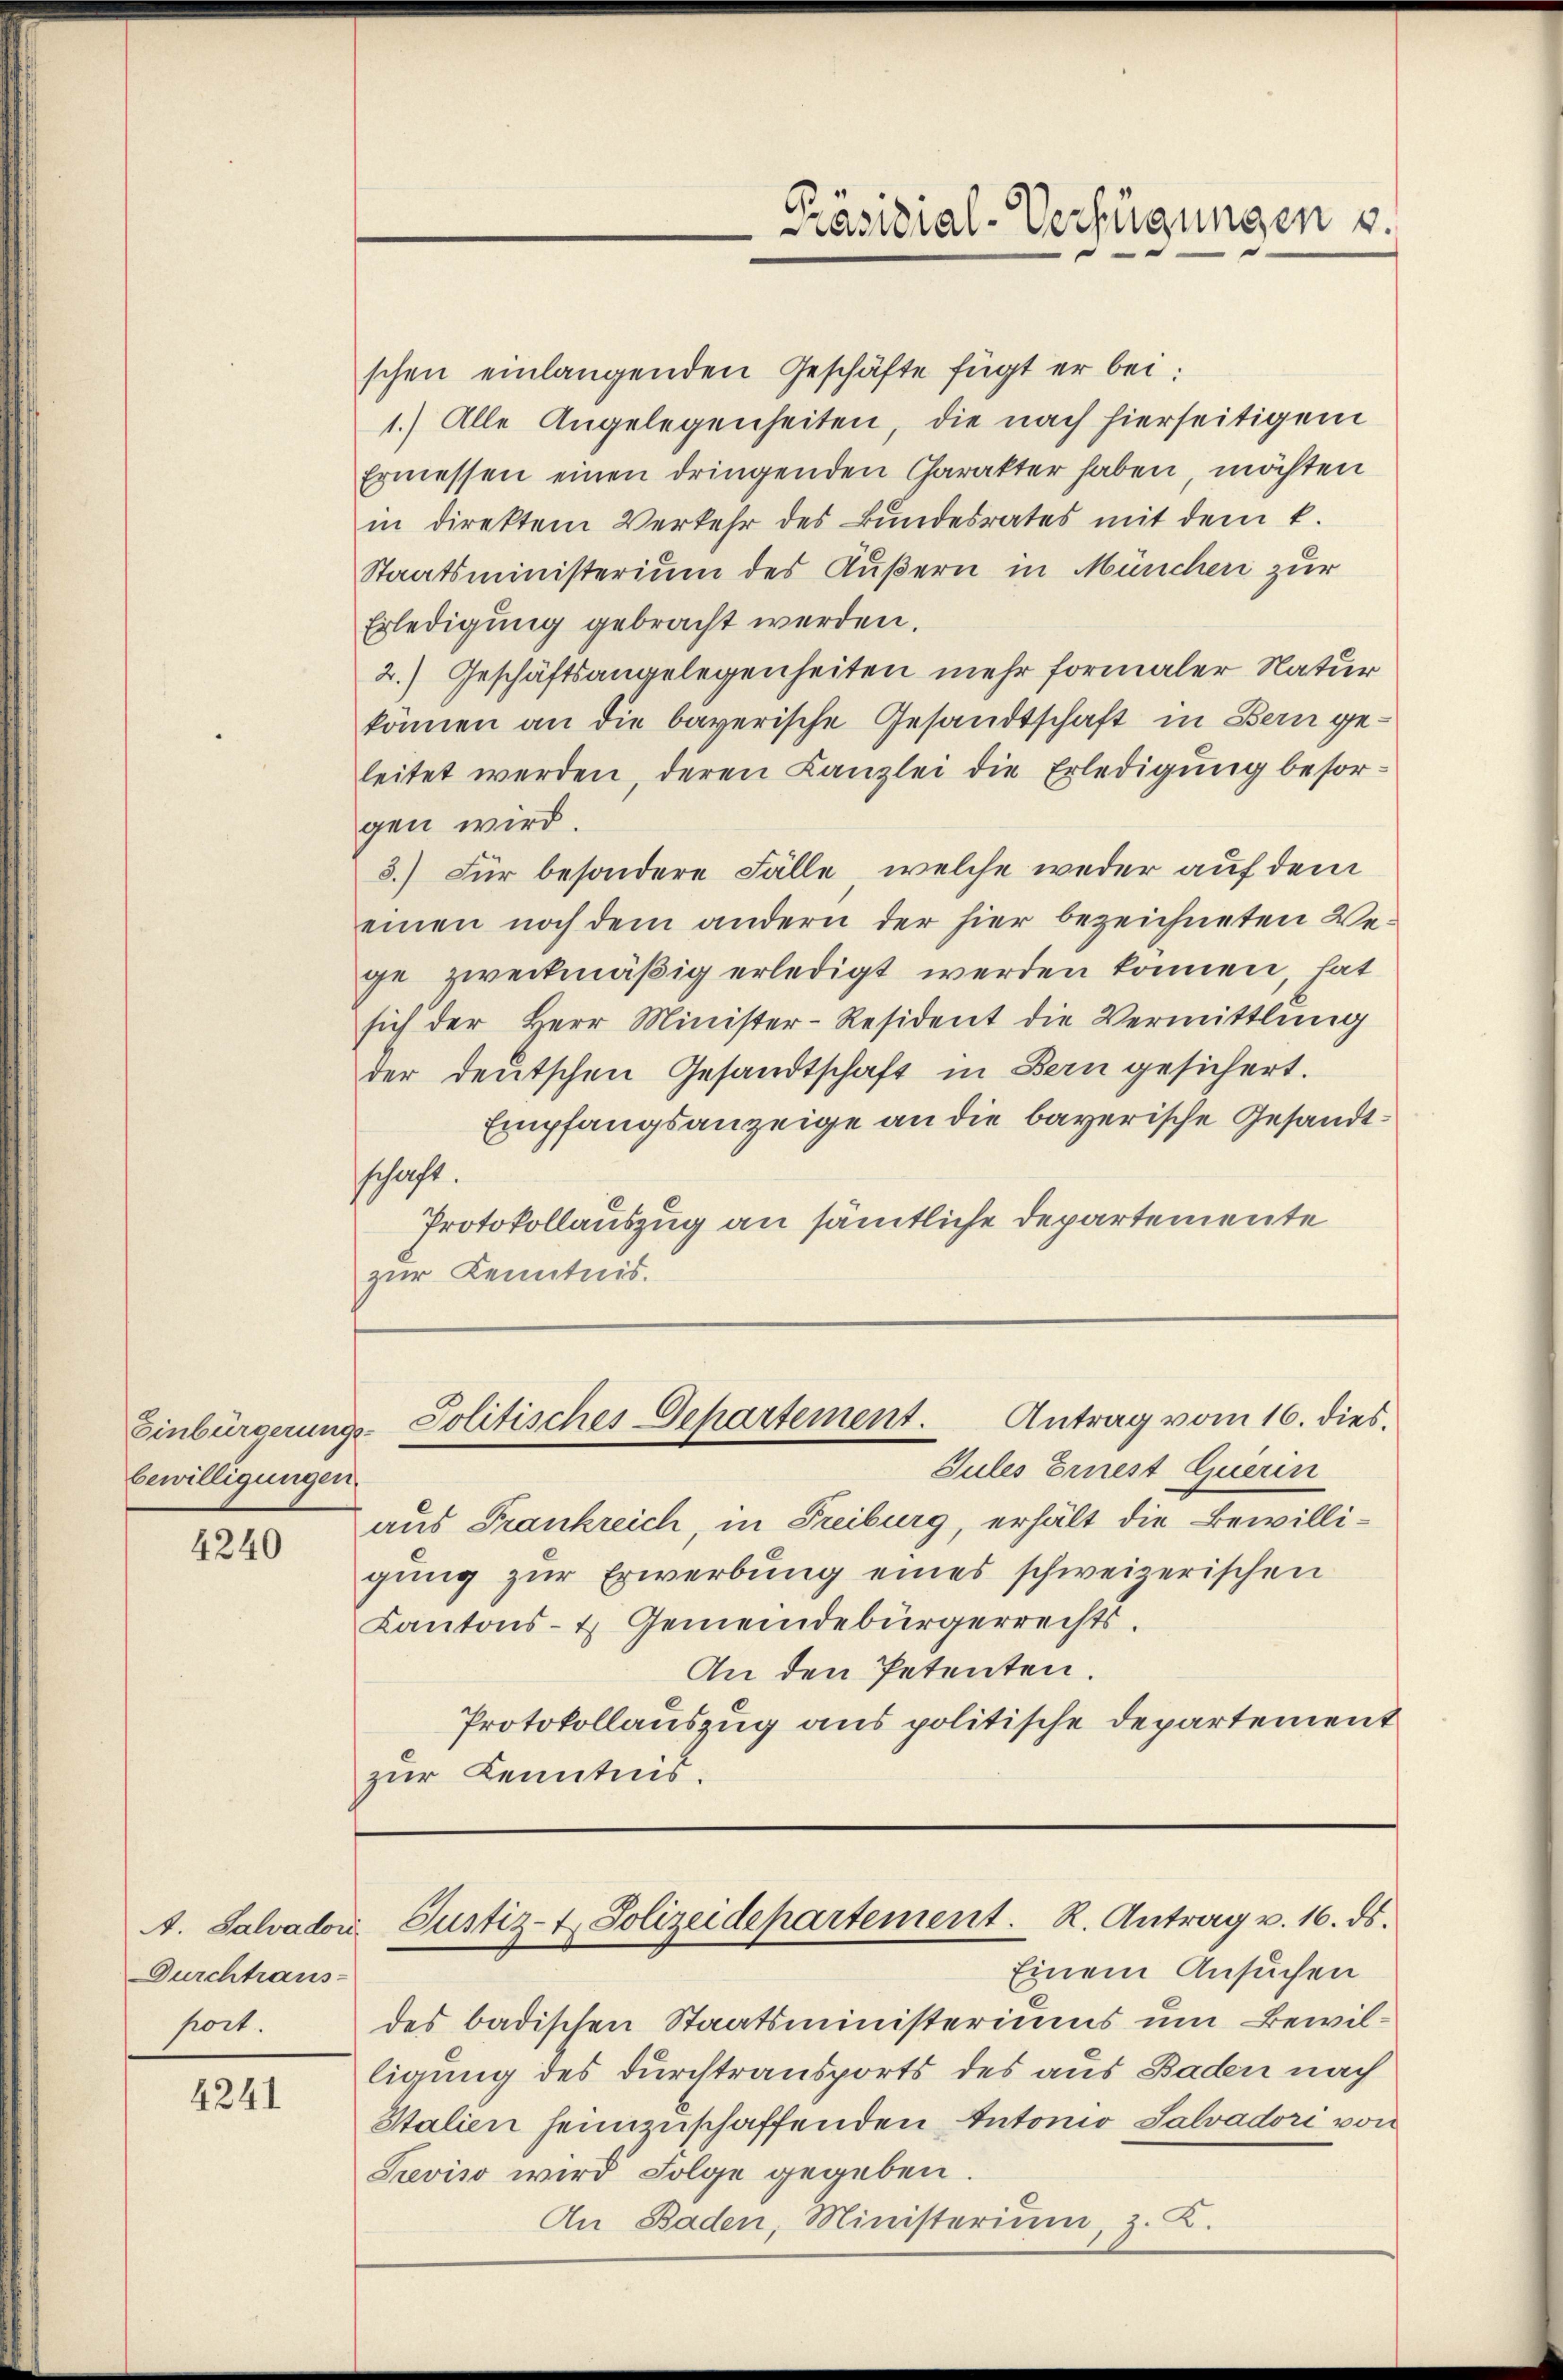
bewilligungen

4240

schen einlangenden Geschäfte fügt er bei:
1.) Alle Angelegenheiten, die nach hierseitigem
Ermessen einen dringenden Charakter haben, möchten
in direktem Verkehr des Bundesrates mit dem k.
Staatsministerium des Äußern in Müncher zur
Erledigung gebracht werden.
2.) Geschäftsangelegenheiten mehr formaler Natur
können an die bayerische Gesandtschaft in Bern geleitet werden, deren Kanzlei die Erledigung besorgen wird.
3.) Für besondere Fälle, welche weder auf dem
einen noch dem andern der hier bezeichneten Wege zweckmäßig erledigt werden können, hat
sich der Herr Minister-Resident die Vermittlung
der deutschen Gesandtschaft in Bern gesichert.
Empfangsanzeige an die bayerische Gesandtschaft.
Protokollauszug an sämtliche Departemente
zur Kenntnis.

Durchtraus-
port.

4241

Antrag vom 16. dies.
Einbürgerungs-Politisches Departement.

Präsidial-Verfügungen v.

Gules Ernest Querin
aus Frankreich, in Freiburg, erhält die Bewilligung zur Erwerbung eines schweizerischen
Kantons- & Gemeindebürgerrechts,
An den Petenten.
Protokollauszug aus politische Departement
zur Kenntnis.

A. Salvadon Justiz- & Polizeidepartement. R. Antrag v. 16. ds.

Einem Ansuchen
des badischen Staatsministeriums um Bewilligung des Durchtransports des aus Baden nach
Stalien heimzuschaffenden Antonio Salvadori von
Previso wird Folge gegeben.
An Baden, Ministerium z. K.